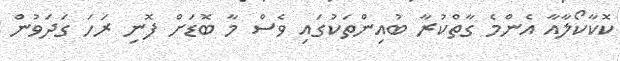
ކޮކާކޯލާއާ އެންމެ ގާތްކުރާ ބުއިންތަކުގައި ވެސް މާ ބޮޑަށް ފޮނި ރަހަ ގަދަވުން